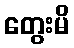
တွေးမိ